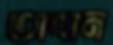
তাবান